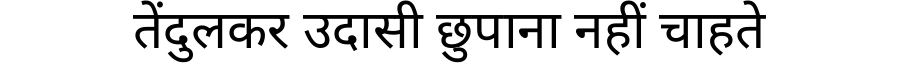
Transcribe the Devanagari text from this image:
तेंदुलकर उदासी छुपाना नहीं चाहते